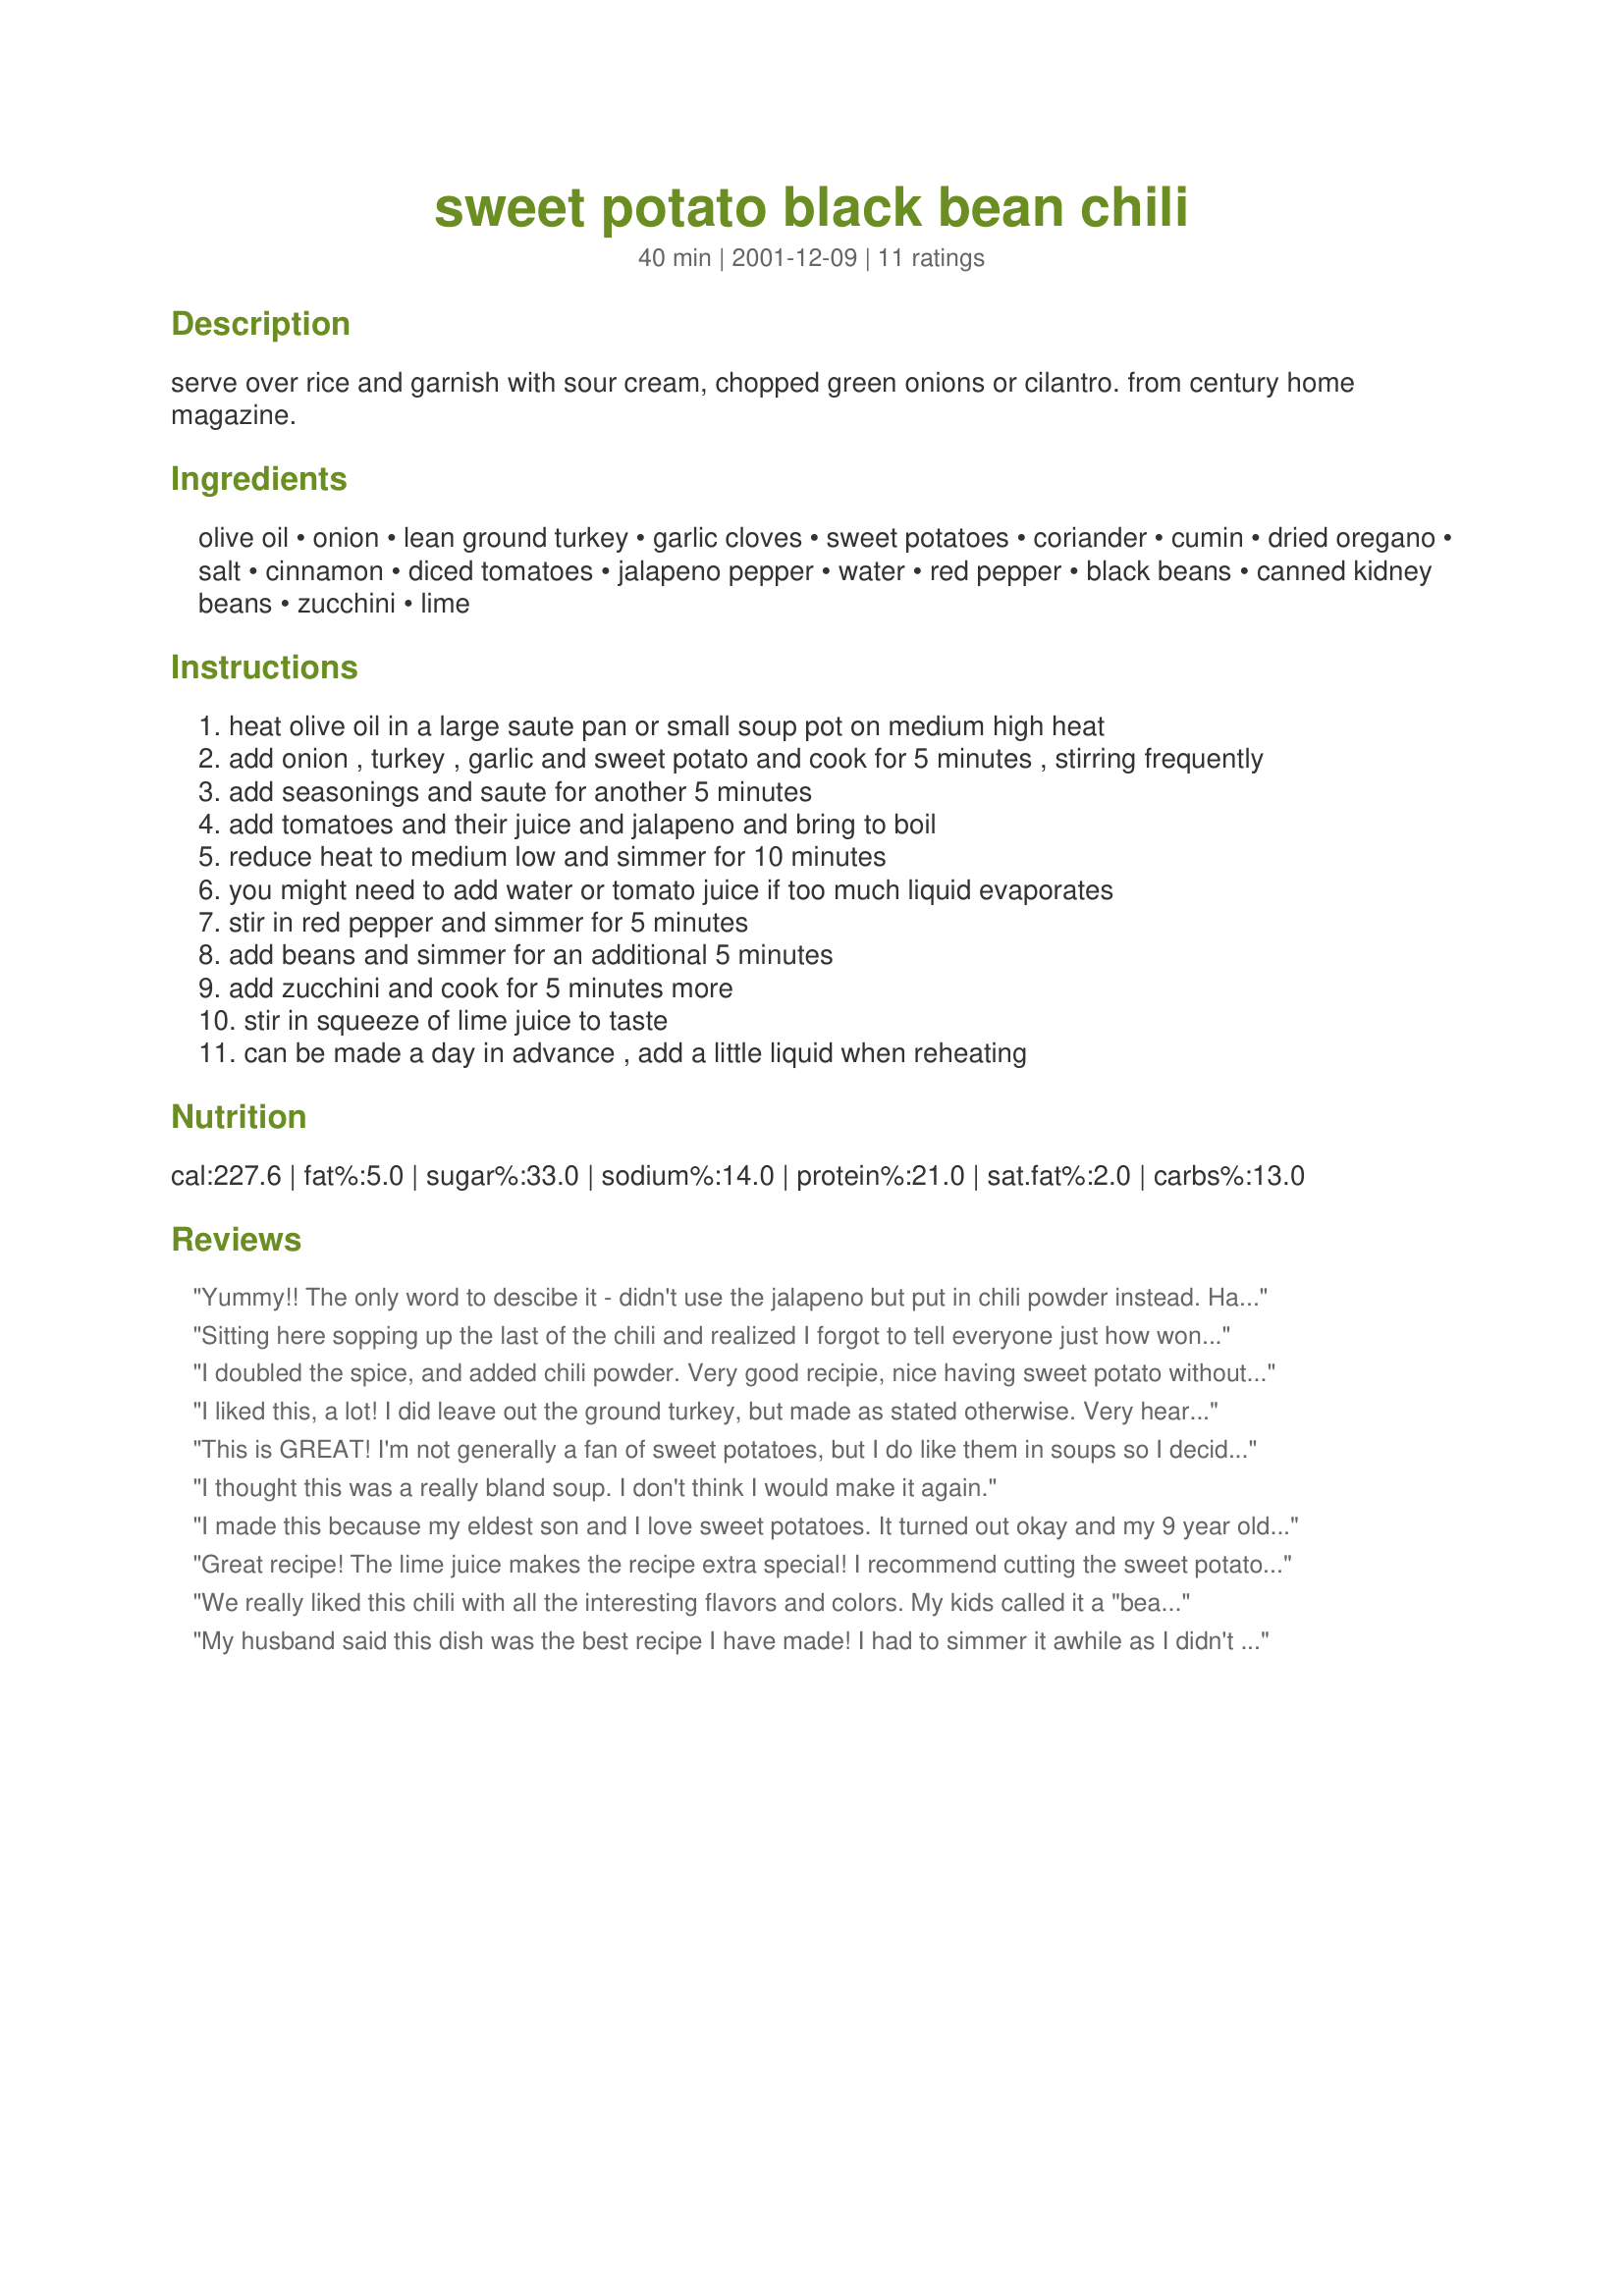
sweet potato black bean chili
Preparation time: 40 minutes

serve over rice and garnish with sour cream, chopped green onions or cilantro. from century home magazine.

Ingredients:
olive oil, onion, lean ground turkey, garlic cloves, sweet potatoes, coriander, cumin, dried oregano, salt, cinnamon, diced tomatoes, jalapeno pepper, water, red pepper, black beans, canned kidney beans, zucchini, lime

Steps:
heat olive oil in a large saute pan or small soup pot on medium high heat
add onion , turkey , garlic and sweet potato and cook for 5 minutes , stirring frequently
add seasonings and saute for another 5 minutes
add tomatoes and their juice and jalapeno and bring to boil
reduce heat to medium low and simmer for 10 minutes
you might need to add water or tomato juice if too much liquid evaporates
stir in red pepper and simmer for 5 minutes
add beans and simmer for an additional 5 minutes
add zucchini and cook for 5 minutes more
stir in squeeze of lime juice to taste
can be made a day in advance , add a little liquid when reheating

Reviews:
Yummy!! The only word to descibe it - didn't use the jalapeno but put in chili powder instead. Had roasted chickens the night before and used some of that chopped up instead of turkey. My boyfriend loved it. Will definitely make it again!
Sitting here sopping up the last of the chili and realized I forgot to tell everyone just how wonderful this dish is. I used 6 ounces of soy crumbles in lieu of the raw ground turkey (adjusting for shrinkage in cooking), I also added an additional five minutes of cooking time at Step 8 because my sweet potatoes seemed undercooked. Other than that I wouldn't change a thing having enjoyed the nice combination of textures and the spicy smoky flavor made this a real treat. Made a pot on Monday and noshed on it for several days as it reheated very well. Thanks Derf!
I doubled the spice, and added chili powder. Very good recipie, nice having sweet potato without being too sweet!
I liked this, a lot! I did leave out the ground turkey, but made as stated otherwise. Very hearty, healthy soup!
This is GREAT! I'm not generally a fan of sweet potatoes, but I do like them in soups so I decided to try this. I left out the meat, mainly because I didn't want to have 1/2 pound of turkey left over. I actually think the meat is unnecessary and loved it without! This is a wonderfully colorful dish and very visually appealling. Based on previous reviews about undercooked potatoes, I diced mine and had no problems. Served with dinner rolls to sop up liquid. I will make this again and share it with my Weight Watchers members!
I thought this was a really bland soup. I don't think I would make it again.
I made this because my eldest son and I love sweet potatoes. It turned out okay and my 9 year old loved it. He asked to pack leftovers for lunch the next day. The rest of the family thought it was just okay. I followed the recipe except I used ground beef instead of turkey. I will make this again and will adjust to add a second jalepeno and more of all the spices. I may also make sure I rinse the ground beef instead of just draining it.
Great recipe! The lime juice makes the recipe extra special! I recommend cutting the sweet potatoes on the super small side so they cook all the way through.
Also, the sour cream and cilantro as a garnish is a must and very yummy!

I made this for a friend who cannot have dairy (skip the sour cream) or wheat and she loved it!
We really liked this chili with all the interesting flavors and colors. My kids called it a "bean stew" because it was much milder than most chilis that we make (and it also had beans, but that's another argument). They ate it with cheese sprinkled over the top and used corn chips as a crunchy scoop. We followed the recipe exactly, with the exception of simmering it a bit longer and also adding a couple of cups of corn kernels. I really liked the tartness that the lime juice gave this dish, and I will add a couple extra squeezes next time, as well as chopping up some cilantro and throwing that in. Derf, thank you!
My husband said this dish was the best recipe I have made! I had to simmer it awhile as I didn't cut the sweet potato in small pieces. It was excellent and had a great flavor. We had cornbread with this chili. I didn't have a fresh zuccini but I had a can of tomatoes with cooked zuccini in it so I improvised.
This was very tasty. I put cornbread dumplings on top.
